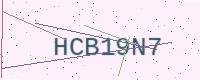
Text: HCB19N7